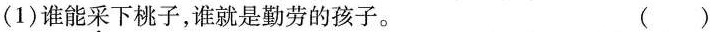
(1)谁能采下桃子，谁就是勤劳的孩子。 ()